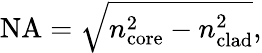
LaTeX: \mathrm{NA}={\sqrt{n_{\mathrm{core}}^{2}-n_{\mathrm{clad}}^{2}}},